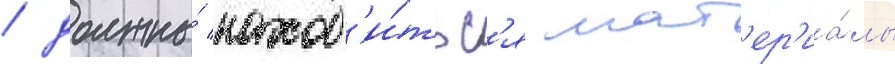
/ должны́ наход'и́тьс'я мат'ер'иа́лы